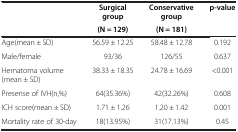
<table><thead><tr><td><b> </b></td><td><b>Surgical group</b></td><td><b>Conservative group</b></td><td><b>p-value</b></td></tr><tr><td><b> </b></td><td><b>(N = 129)</b></td><td><b>(N = 181)</b></td><td><b> </b></td></tr></thead><tbody><tr><td>Age(mean ± SD)</td><td>56.59 ± 12.25</td><td>58.48 ± 12.78</td><td>0.192</td></tr><tr><td>Male/female</td><td>93/36</td><td>126/55</td><td>0.637</td></tr><tr><td>Hematoma volume(mean ± SD)</td><td>38.33 ± 18.35</td><td>24.78 ± 16.69</td><td>&lt;0.001</td></tr><tr><td>Presense of IVH(n,%)</td><td>64(35.36%)</td><td>42(32.26%)</td><td>0.608</td></tr><tr><td>ICH score(mean ± SD)</td><td>1.71 ± 1.26</td><td>1.20 ± 1.42</td><td>0.001</td></tr><tr><td>Mortality rate of 30-day</td><td>18(13.95%)</td><td>31(17.13%)</td><td>0.45</td></tr></tbody></table>